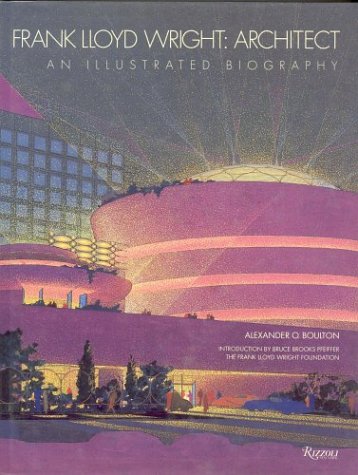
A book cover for Frank Lloyd Wright: Architect: An Illustrated Biography; Alexander Boulton; Teen & Young Adult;